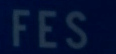
FES